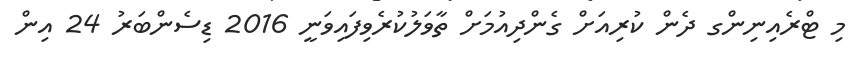
މި ޓްރެއިނިންގ ދެން ކުރިއަށް ގެންދިއުމަށް ތާވަލުކުރެވިފައިވަނީ 2016 ޑިސެންބަރު 24 އިން